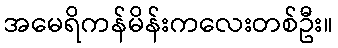
အမေရိကန်မိန်းကလေးတစ်ဦး။